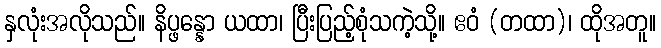
နှလုံးအလိုသည်။ နိပ္ဖန္နော ယထာ၊ ပြီးပြည့်စုံသကဲ့သို့။ ဧဝံ (တထာ)၊ ထိုအတူ။